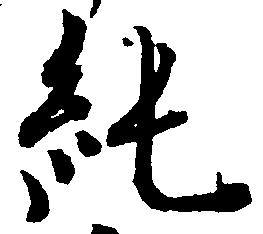
純